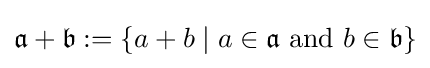
{\mathfrak {a}}+{\mathfrak {b}}:=\{a+b\mid a\in {\mathfrak {a}}{\mbox{ and }}b\in {\mathfrak {b}}\}